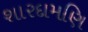
શારદામણિ